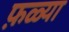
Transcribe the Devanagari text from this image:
फ़ळ्या